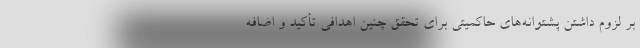
بر لزوم داشتن پشتوانه‌های حاکمیتی برای تحقق چنین اهدافی تأکید و اضافه